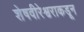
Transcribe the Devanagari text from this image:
शेषवीरेश्वराकडून